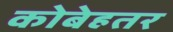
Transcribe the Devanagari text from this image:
कोबेहतर